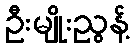
ဦးမျိုးညွန့်